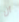
أن